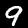
Digit: 9